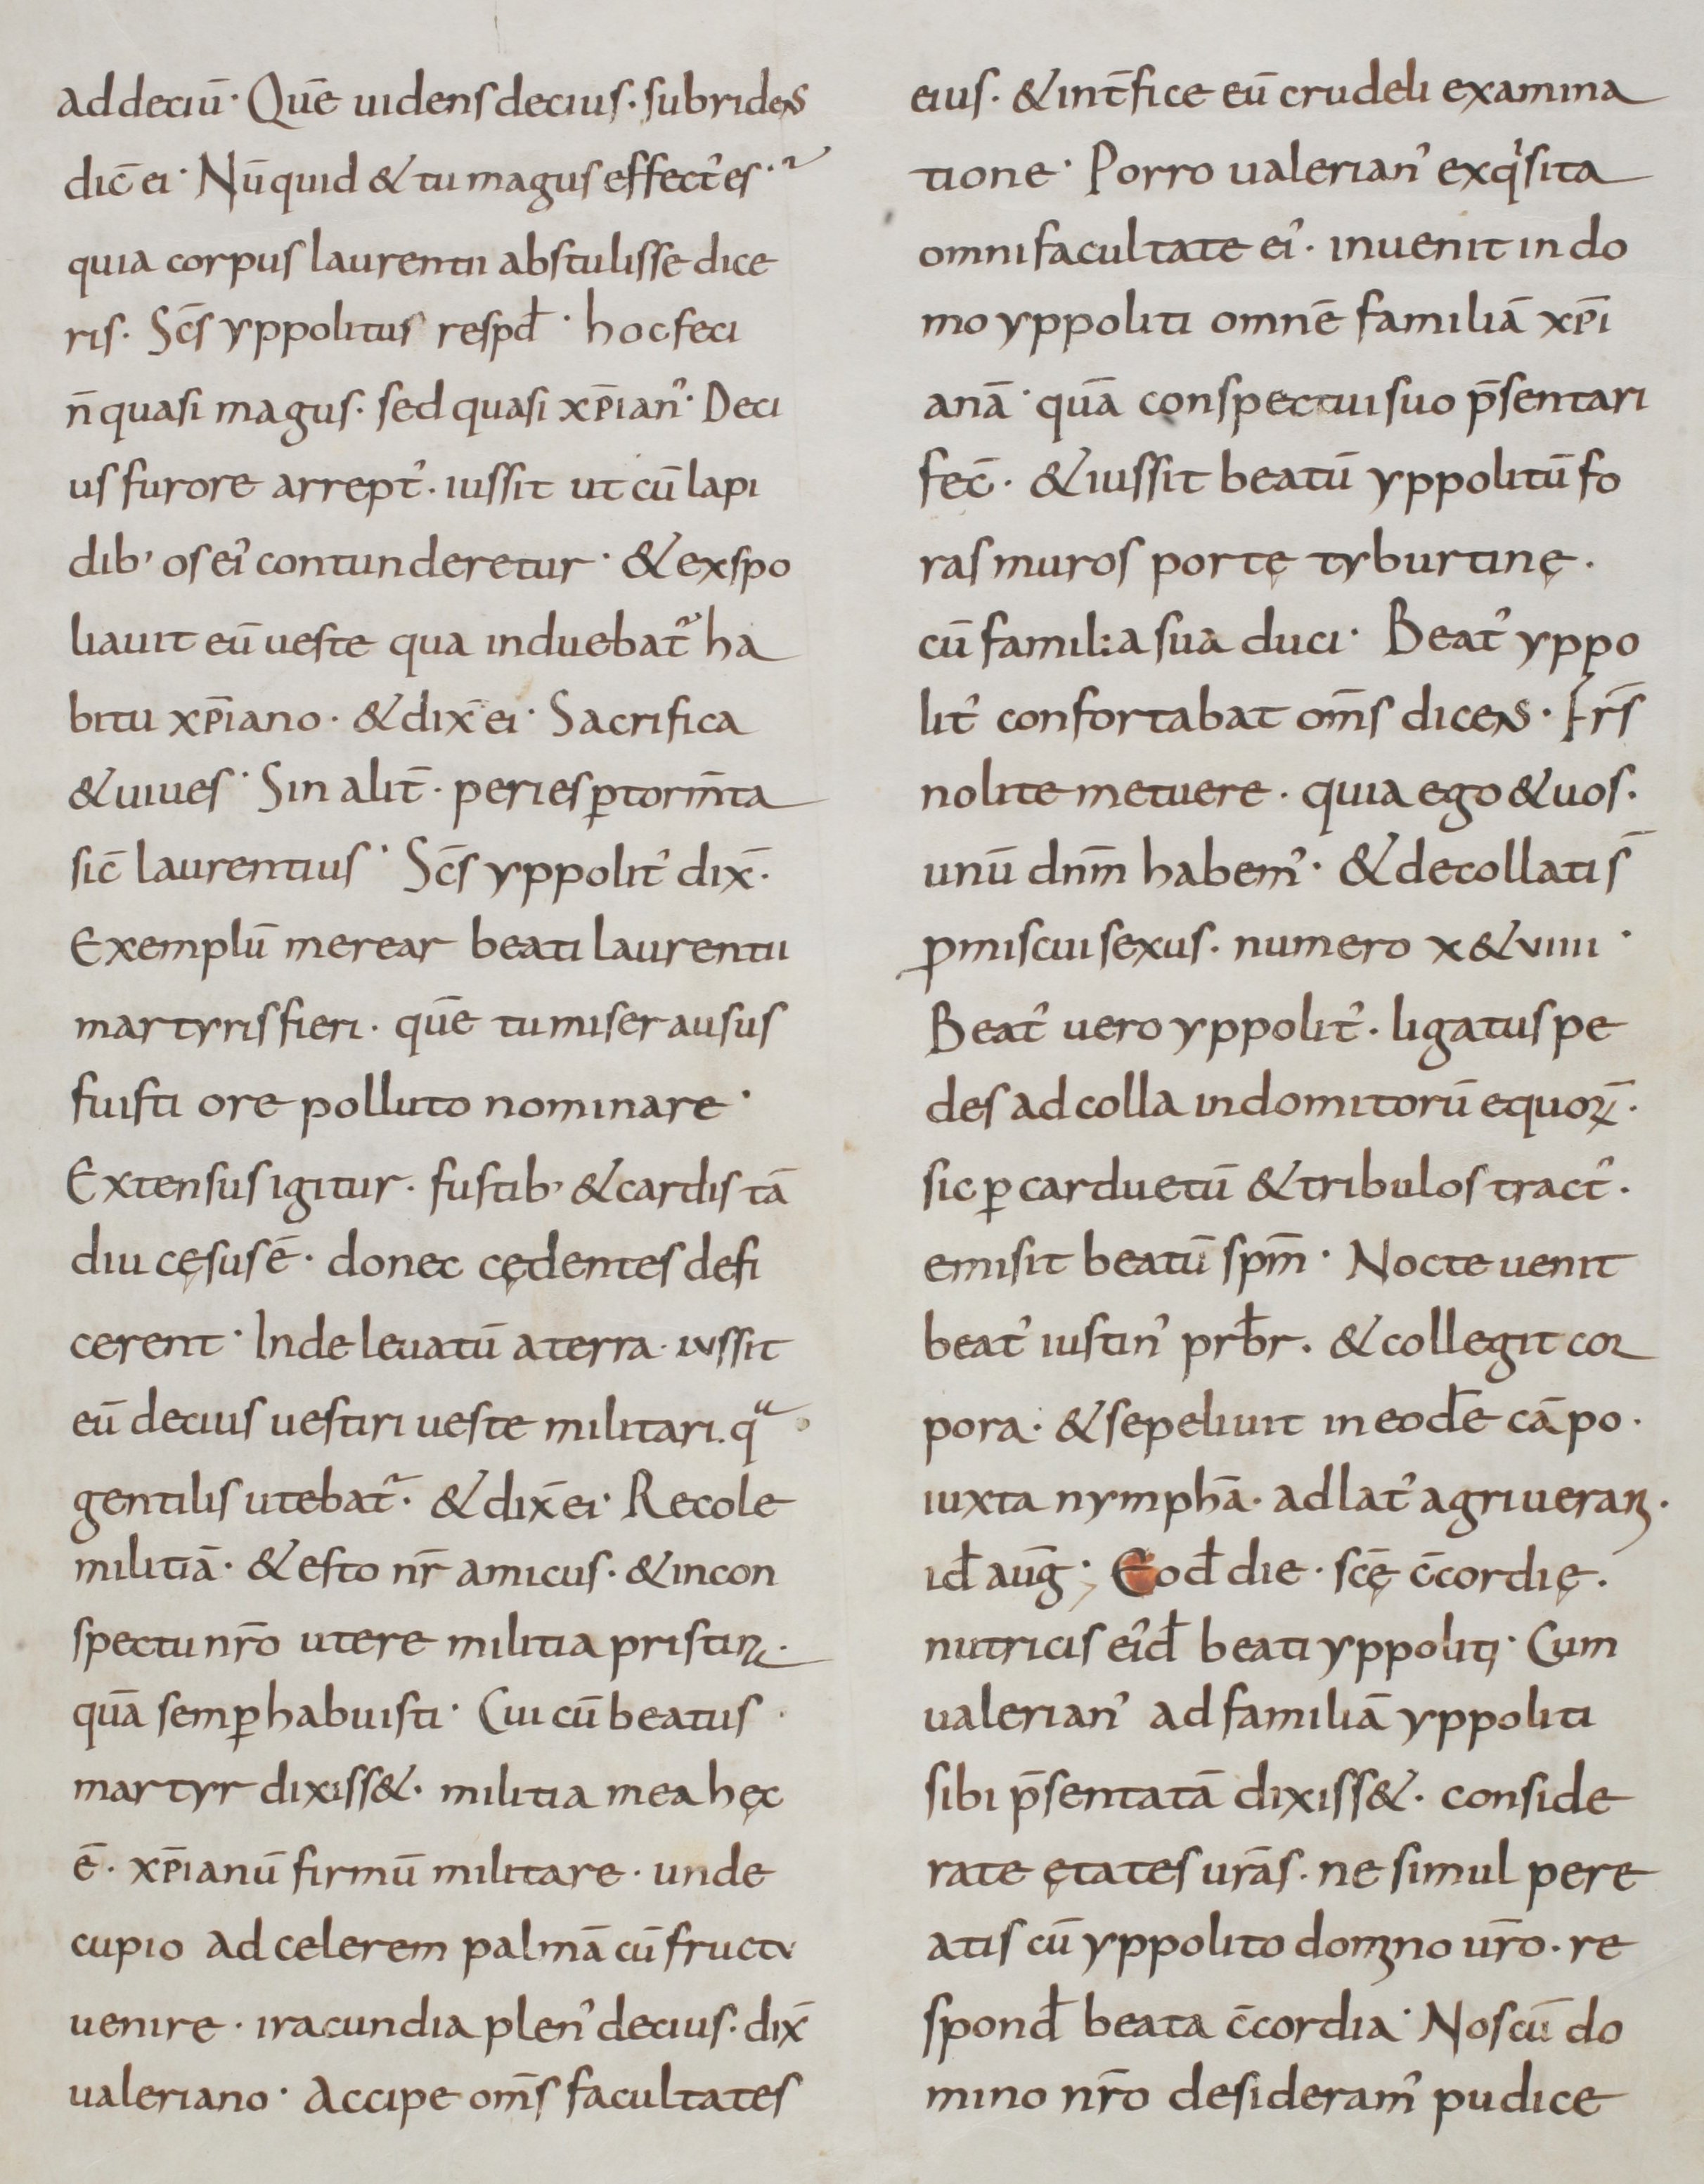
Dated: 800–949